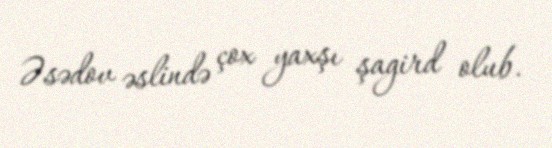
Əsədov əslində çox yaxşı şagird olub.